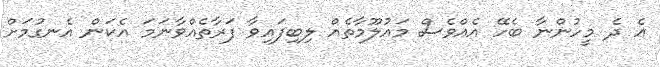
އެ ދެ މީހުންނާ ބެހޭ އެއްވެސް މައުލޫމާތެއް ލިބިފައިވާ ފަރާތެއްވާނަމަ އެކަން އެނގުމަށް